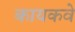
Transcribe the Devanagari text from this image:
कायकवे